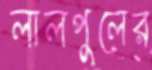
লালপুলের